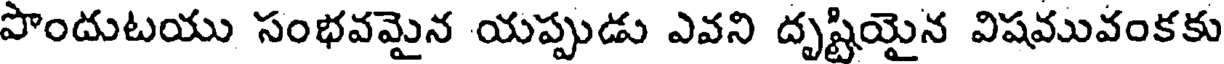
పొందుటయు సంభవమైన యప్పుడు ఎవని దృష్టియైన విషమువంకకు